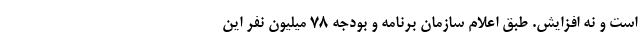
است و نه افزایش. طبق اعلام سازمان برنامه و بودجه ۷۸ میلیون نفر این